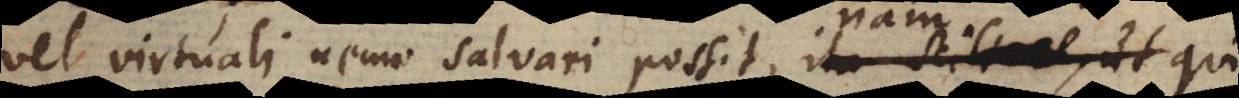
vel virtuali nemo salvari possit, nam qui